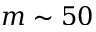
m \sim 5 0